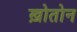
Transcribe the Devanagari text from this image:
ख़ोतोन